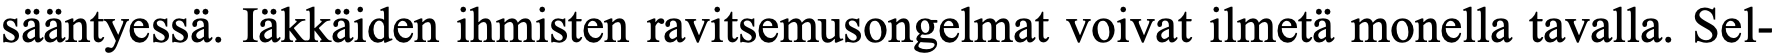
sääntyessä. Iäkkäiden ihmisten ravitsemusongelmat voivat ilmetä monella tavalla. Sel-